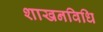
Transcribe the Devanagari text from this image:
शाखनविधि